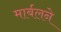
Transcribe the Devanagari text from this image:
मार्बलने